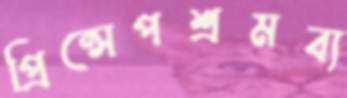
প্রিন্সেপশ্রমব্য